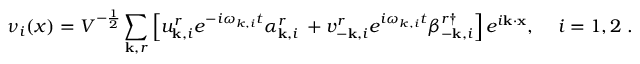
\nu _ { i } ( x ) = V ^ { - \frac { 1 } { 2 } } \sum _ { { \bf k } , r } \left[ u _ { { \bf k } , i } ^ { r } e ^ { - i \omega _ { k , i } t } \alpha _ { { \bf k } , i } ^ { r } \: + v _ { - { \bf k } , i } ^ { r } e ^ { i \omega _ { k , i } t } \beta _ { - { \bf k } , i } ^ { r \dag } \right] e ^ { i { \bf k } \cdot { \bf x } } , \; \; \; ~ i = 1 , 2 \; .